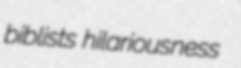
biblists hilariousness